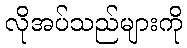
လိုအပ်သည်များကို